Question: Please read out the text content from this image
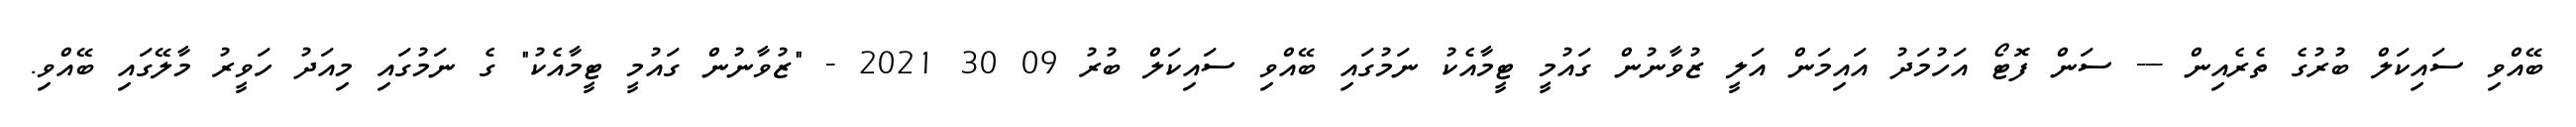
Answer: ބޭއްވި ސައިކަލް ބުރުގެ ތެރެއިން --- ސަން ފޮޓޯ އަހުމަދު އައިމަން އަލީ ޒުވާނުން ގައުމީ ޓީމާއެކު ނަމުގައި ބޭއްވި ސައިކަލް ބުރު 09 30 2021 - "ޒުވާނުން ގައުމީ ޓީމާއެކު" ގެ ނަމުގައި މިއަދު ހަވީރު މާލޭގައި ބޭއްވި.